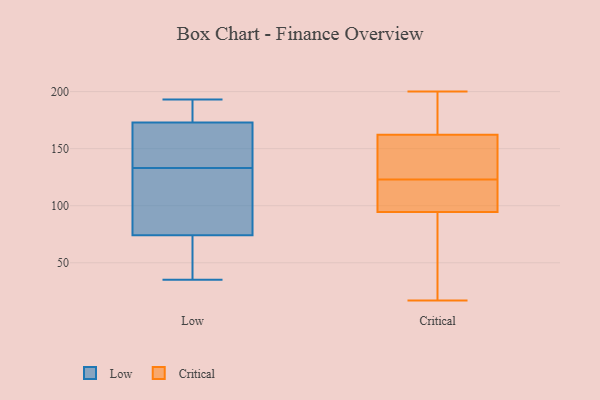
{"axis": {"x": "Customer Acquisition Cost (USD)", "y": "Value"}, "legend": ["Critical", "Low"], "data": [{"x": "", "y": 74, "type": "Low"}, {"x": "", "y": 45, "type": "Low"}, {"x": "", "y": 173, "type": "Low"}, {"x": "", "y": 176, "type": "Low"}, {"x": "", "y": 75, "type": "Low"}, {"x": "", "y": 46, "type": "Low"}, {"x": "", "y": 91, "type": "Low"}, {"x": "", "y": 138, "type": "Low"}, {"x": "", "y": 128, "type": "Low"}, {"x": "", "y": 155, "type": "Low"}, {"x": "", "y": 164, "type": "Low"}, {"x": "", "y": 154, "type": "Low"}, {"x": "", "y": 35, "type": "Low"}, {"x": "", "y": 39, "type": "Low"}, {"x": "", "y": 193, "type": "Low"}, {"x": "", "y": 189, "type": "Low"}, {"x": "", "y": 97, "type": "Low"}, {"x": "", "y": 182, "type": "Low"}, {"x": "", "y": 138, "type": "Critical"}, {"x": "", "y": 200, "type": "Critical"}, {"x": "", "y": 17, "type": "Critical"}, {"x": "", "y": 175, "type": "Critical"}, {"x": "", "y": 123, "type": "Critical"}, {"x": "", "y": 20, "type": "Critical"}, {"x": "", "y": 99, "type": "Critical"}, {"x": "", "y": 35, "type": "Critical"}, {"x": "", "y": 93, "type": "Critical"}, {"x": "", "y": 107, "type": "Critical"}, {"x": "", "y": 169, "type": "Critical"}, {"x": "", "y": 114, "type": "Critical"}, {"x": "", "y": 142, "type": "Critical"}, {"x": "", "y": 125, "type": "Critical"}, {"x": "", "y": 188, "type": "Critical"}]}